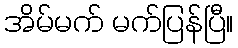
အိမ်မက် မက်ပြန်ပြီ။